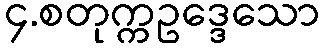
၄.စတုက္ကဥဒ္ဒေသော